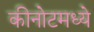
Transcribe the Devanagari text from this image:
कीनोटमध्ये